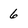
Character: 6